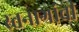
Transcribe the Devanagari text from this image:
स्तनाग्रांची